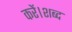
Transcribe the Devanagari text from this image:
करें।शब्द